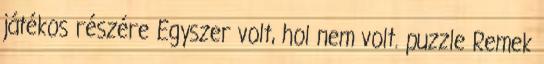
játékos részére Egyszer volt, hol nem volt. puzzle Remek